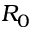
R _ { 0 }